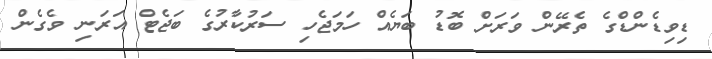
ޑިވިޑެންޑްގެ ތެރޭން ވަރަށް ބޮޑު ބަޔެއް ހަމަޖެހި ސަރުކާރުގެ ބަޖެޓް އަރަނި ވެގެން